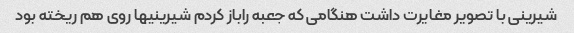
شیرینی با تصویر مغایرت داشت هنگامی که جعبه راباز کردم شیرینیها روی هم ریخته بود